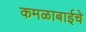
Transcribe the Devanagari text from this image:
कमळाबाईचे